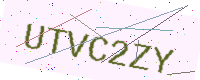
Text: UTVC2ZY